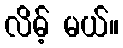
လိမ့် မယ်။